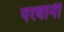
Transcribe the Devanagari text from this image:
परवानी